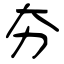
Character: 夯